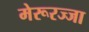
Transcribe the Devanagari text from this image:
मेरूरज्जा